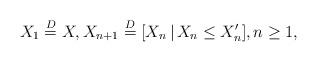
LaTeX: \begin{align*} X_1\stackrel{D}{=}X, X_{n+1}\stackrel{D}{=}[X_n\,|\,X_n\leq X_n'],n\geq 1,\end{align*}